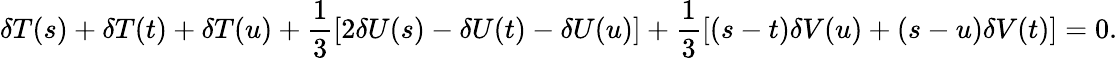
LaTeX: \delta T(s)+\delta T(t)+\delta T(u)+\frac{1}{3}[2\delta U(s)-\delta U(t)-\delta U(u)]+\frac{1}{3}[(s-t)\delta V(u)+(s-u)\delta V(t)]=0.